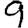
Digit: 9